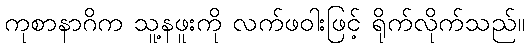
ကုစာနာဂိက သူ့နဖူးကို လက်ဖဝါးဖြင့် ရိုက်လိုက်သည်။